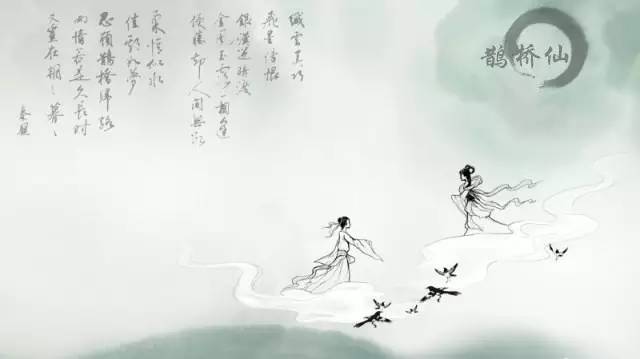
两情若是久长时，又岂在朝朝暮暮。